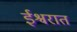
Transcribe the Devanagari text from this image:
ईश्वरात